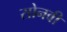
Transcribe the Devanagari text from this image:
सोनवी